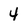
Character: 4